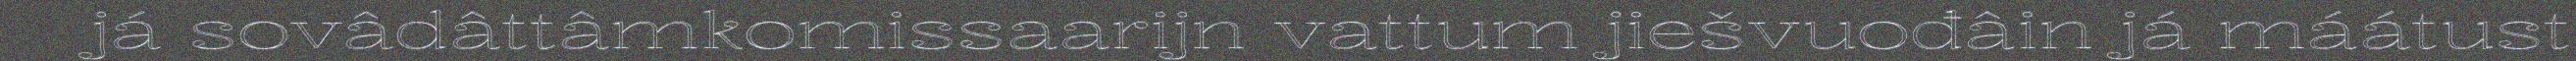
já sovâdâttâmkomissaarijn vattum jiešvuođâin já máátust